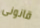
قانونى